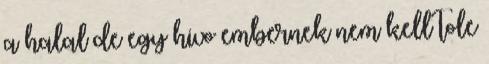
a halal de egy hivo embernek nem kell tole